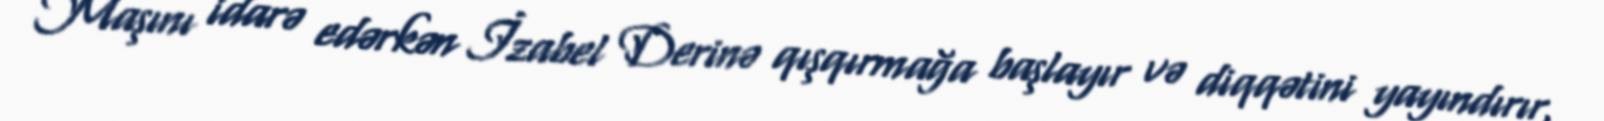
Maşını idarə edərkən İzabel Derinə qışqırmağa başlayır və diqqətini yayındırır,